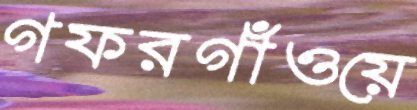
গফরগাঁওয়ে